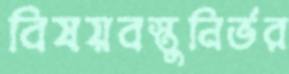
বিষয়বস্তুনির্ভর